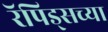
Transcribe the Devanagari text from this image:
रॅपिड्सच्या